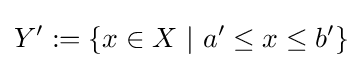
Y':=\{x\in X\ |\ a'\leq x\leq b'\}